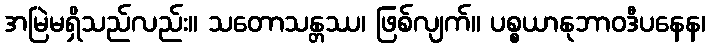
အမြဲမရှိသည်လည်း။ သတောသန္တဿ၊ ဖြစ်လျက်။ ပစ္စယာနုဘာဝဒီပနေန၊